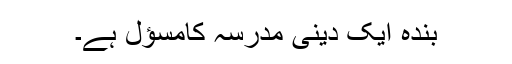
بندہ ایک دینی مدرسہ کامسؤل ہے۔